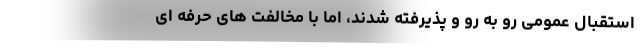
استقبال عمومی رو به رو و پذیرفته شدند، اما با مخالفت های حرفه ای